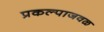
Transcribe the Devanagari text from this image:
प्रकल्पाजवळ